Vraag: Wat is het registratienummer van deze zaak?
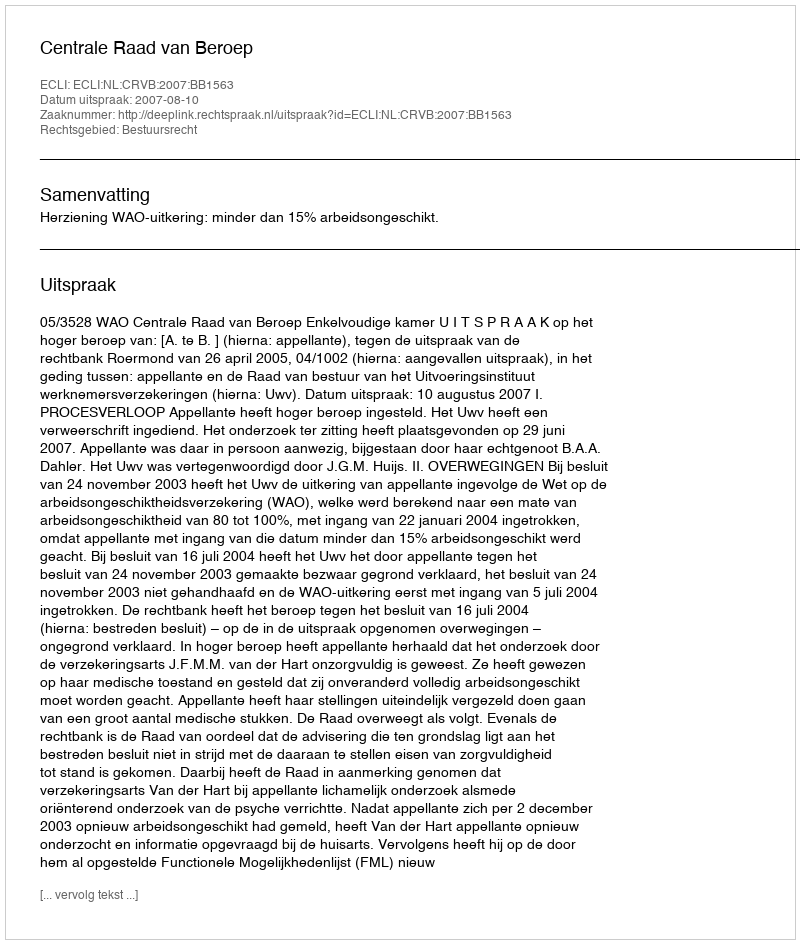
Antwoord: http://deeplink.rechtspraak.nl/uitspraak?id=ECLI:NL:CRVB:2007:BB1563